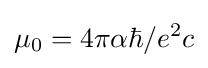
\mu _{0}=4\pi \alpha \hbar /e^{2}c